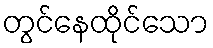
တွင်နေထိုင်သော